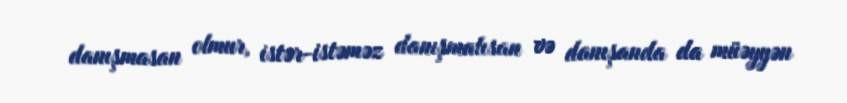
danışmasan olmur, istər-istəməz danışmalısan və danışanda da müəyyən